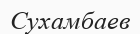
Сухамбаев